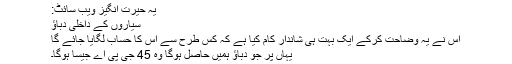
یہ حیرت انگیز ویب سائٹ:
سیاروں کے داخلی دباؤ
اس نے یہ وضاحت کرکے ایک بہت ہی شاندار کام کیا ہے کہ کس طرح سے اس کا حساب لگایا جائے گا
یہاں پر جو دباؤ ہمیں حاصل ہوگا وہ 45 جی پی اے جیسا ہوگا۔